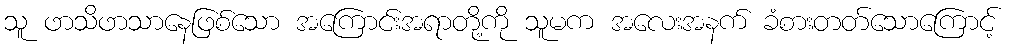
သူ ဖာသိဖာသာနေဖြစ်သော အကြောင်းအရာတို့ကို သူမက အလေးအနက် ခံစားတတ်သောကြောင့်